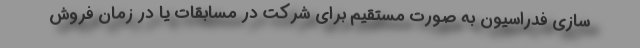
سازی فدراسیون به صورت مستقیم برای شرکت در مسابقات یا در زمان فروش